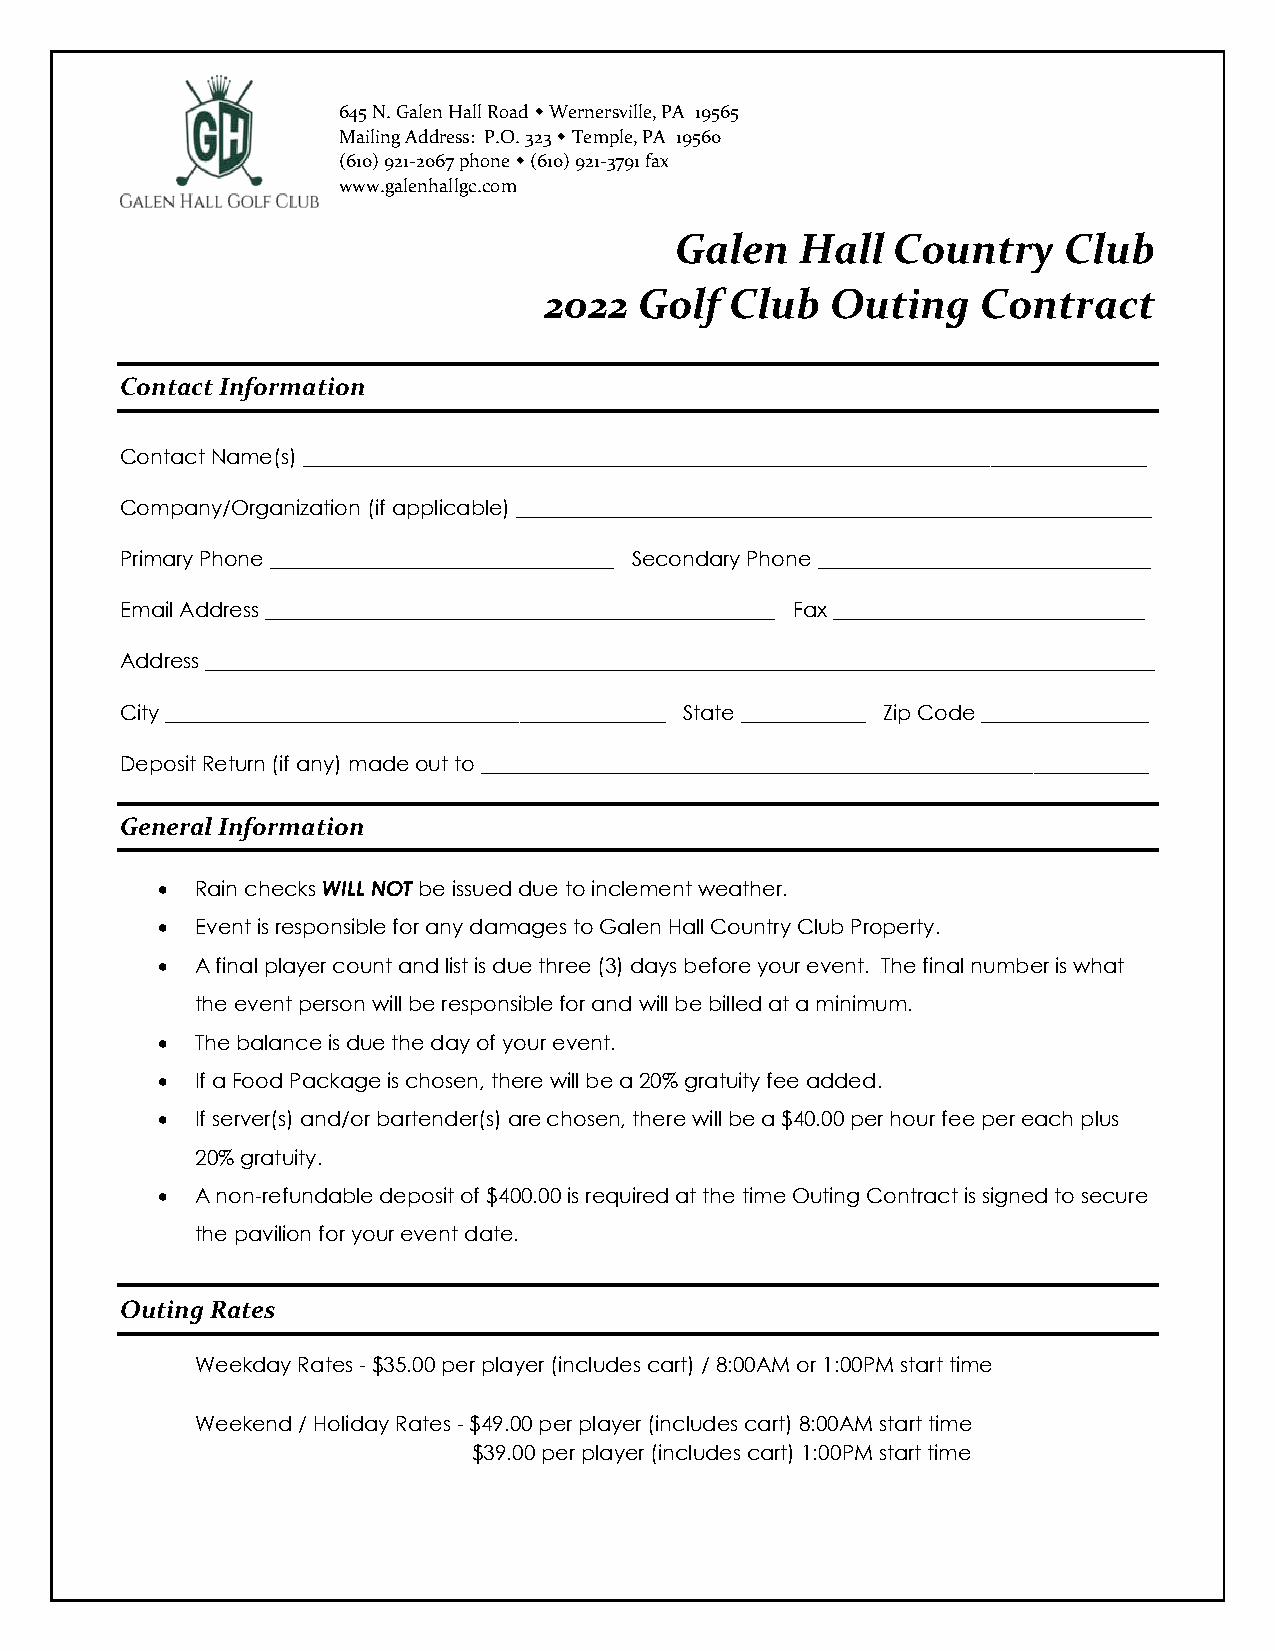
645 N. Galen Hall Road  Wernersville, PA 19565
 Mailing Address: P.O. 323  Temple, PA 19560
 (610) 921-2067 phone  (610) 921-3791 fax
 www.galenhallgc.com
 Galen   Hall  Country    Club
 2022  Golf  Club   Outing    Contract
 Contact Information
 Contact Name(s) _________________________________________________________________________________
 Company/Organization (if applicable) _____________________________________________________________
 Primary Phone _________________________________ Secondary Phone ________________________________
 Email Address _________________________________________________ Fax ______________________________
 Address ___________________________________________________________________________________________
 City ________________________________________________ State ____________ Zip Code ________________
 Deposit Return (if any) made out to ________________________________________________________________
 General Information
 •  Rain checks WILL NOT be issued due to inclement weather.
 •  Event is responsible for any damages to Galen Hall Country Club Property.
 •  A final player count and list is due three (3) days before your event. The final number is what
 the event person will be responsible for and will be billed at a minimum.
 •  The balance is due the day of your event.
 •  If a Food Package is chosen, there will be a 20% gratuity fee added.
 •  If server(s) and/or bartender(s) are chosen, there will be a $40.00 per hour fee per each plus
 20% gratuity.
 •  A non-refundable deposit of $400.00 is required at the time Outing Contract is signed to secure
 the pavilion for your event date.
 Outing Rates
 Weekday Rates - $35.00 per player (includes cart) / 8:00AM or 1:00PM start time
 Weekend / Holiday Rates - $49.00 per player (includes cart) 8:00AM start time
 $39.00 per player (includes cart) 1:00PM start time